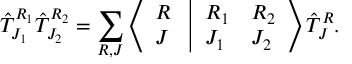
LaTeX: { \hat { \cal T } } _ { J _ { 1 } } ^ { R _ { 1 } } { \hat { \cal T } } _ { J _ { 2 } } ^ { R _ { 2 } } = \sum _ { R , J } \left\langle \begin{array} { l } { { R } } \\ { { J } } \end{array} \right. \left| \begin{array} { l l } { { R _ { 1 } } } & { { R _ { 2 } } } \\ { { J _ { 1 } } } & { { J _ { 2 } } } \end{array} \right\rangle { \hat { \cal T } } _ { J } ^ { R } .